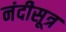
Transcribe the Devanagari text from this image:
नंदीसूत्र